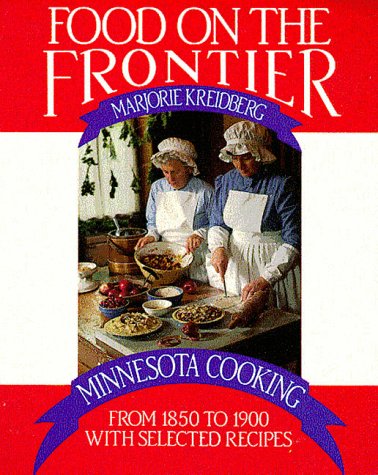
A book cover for Food on the Frontier: Minnesota Cooking from 1850 to 1900 with Selected Recipes (Publications of the Minnesota Historical Society); Marjorie Kreidberg; Cookbooks, Food & Wine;